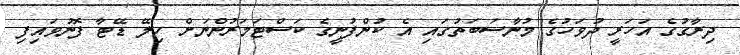
ދިރާގުގެ އަހަރީ ދުވަހުގެ މުނާސަބަތުގައި އެ ކުންފުނީގެ ކަސްޓަމަރުންނަށް ހިލޭ ޑޭޓާ ފޮނުވައިފި